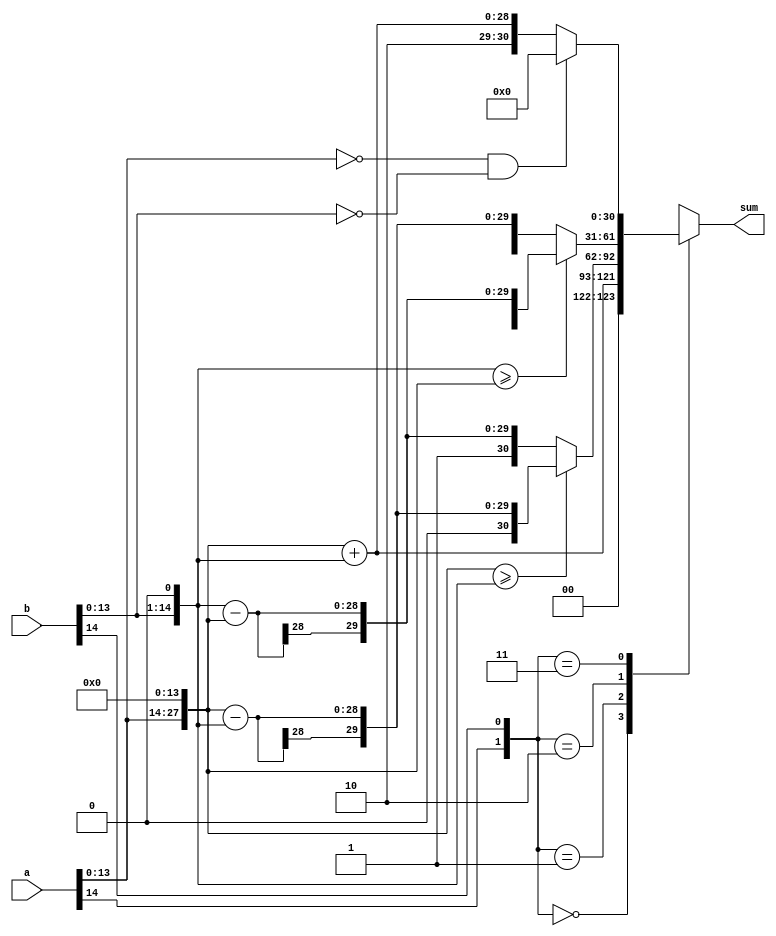
module fx_pt_add(a,b,sum);

parameter SGN = 2;
parameter WIDTH = 15;
parameter A_INT_W = 14; 
parameter B_INT_W = 1;



input [WIDTH-1:0] a, b; //a,b with WIDTH WIDTH
output [2*WIDTH:0] sum;
reg [2*WIDTH:0] sum; //sum bit有 2*WIDTH+1的寬度




generate
case(SGN)
  0:begin :SGN_0    //finish
    reg [2*WIDTH-1 : 0] a_us , b_us ; // for a unsigned and b signed
    always@(*)begin	
    a_us = {{{B_INT_W}{1'b0}}, a,{{A_INT_W}{1'b0}}};
    b_us = {{{A_INT_W}{1'b0}}, b,{{B_INT_W}{1'b0}}};
    sum = a_us + b_us;
    end
  end

  1:begin :SGN_1
    reg [2*WIDTH:0] a_str, b_str; //a,b with 2*WIDTH+1的寬度
    always@(*)begin  
    a_str = {{{WIDTH-A_INT_W + 1'b1}{a[WIDTH - 1]}},a,{{A_INT_W}{1'b0}}};
    b_str = {{{WIDTH-B_INT_W + 1'b1}{b[WIDTH - 1]}},b,{{B_INT_W}{1'b0}}};
    sum = a_str + b_str;
    end
  end

 
  default:begin :SGN_default 
        reg [2*WIDTH-1:0] sum_temp,a_temp,b_temp;
        always@(*)begin
	
        a_temp = {{{B_INT_W+1}{1'b0}},a[WIDTH-2:0],{{A_INT_W}{1'b0}}};
        b_temp = {{{A_INT_W+1}{1'b0}},b[WIDTH-2:0],{{B_INT_W}{1'b0}}};
        case({a[WIDTH-1],b[WIDTH-1]})
        2'b00:begin     //SGN = 0
            sum_temp = a_temp + b_temp;
            sum = {1'b0,sum_temp};
        end
        2'b01:begin     //SGN = 1
            if (a_temp>=b_temp) begin
                sum_temp = a_temp - b_temp;
                sum = {1'b0 , sum_temp};
            end
            else begin
                sum_temp = b_temp - a_temp;
                sum = {1'b1 , sum_temp };
            end
        end
        2'b10:begin //SGN !=1,2;
		if(b_temp >= a_temp)begin
		  sum_temp = b_temp - a_temp;
		  sum = {1'b0,sum_temp};
		end
		else begin
		  sum_temp = a_temp - b_temp;
		  sum = {1'b1,sum_temp};
		end
	end


        2'b11:begin
		sum_temp = a_temp + b_temp;
	    	if((a_temp=={{2*WIDTH}{1'b0}}) && (b_temp=={{2*WIDTH}{1'b0}}))begin
		sum = {{2*WIDTH+1}{1'b0}};
	    	end
	    	else begin
            	sum = {1'b1,sum_temp};
	    	end
        	end

        endcase
  
	 
    end 
  end

endcase
endgenerate
 




endmodule